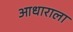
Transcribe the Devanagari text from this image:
आधाराला